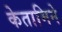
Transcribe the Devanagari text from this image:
केतामिने